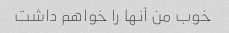
خوب من آنها را خواهم داشت